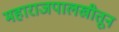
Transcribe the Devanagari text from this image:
महाराजपालखीतून